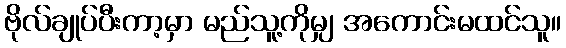
ဗိုလ်ချုပ်ပီးကာ့မှာ မည်သူ့ကိုမျှ အကောင်းမထင်သူ။